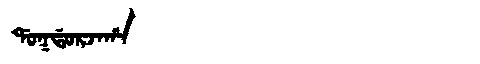
Manchu: ᡩᠣᡴᡩᠣᡵᠵᠠᡥᠠ
Romanization: DOKDORJAHA